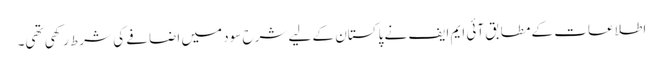
اطلاعات کے مطابق آئی ایم ایف نے پاکستان کے لیے شرح سود میں اضافے کی شرط رکھی تھی۔